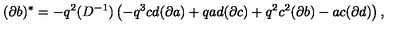
( \partial b ) ^ { * } = - q ^ { 2 } ( D ^ { - 1 } ) \left( - q ^ { 3 } c d ( \partial a ) + q a d ( \partial c ) + q ^ { 2 } c ^ { 2 } ( \partial b ) - a c ( \partial d ) \right) ,